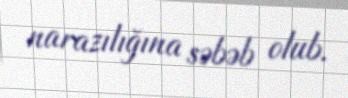
narazılığına səbəb olub.